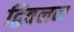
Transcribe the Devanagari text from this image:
द्विवलन